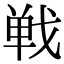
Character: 𢧐